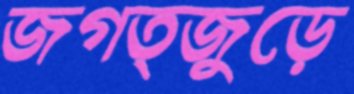
জগত্জুড়ে